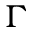
\Gamma